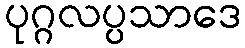
ပုဂ္ဂလပ္ပသာဒေ